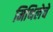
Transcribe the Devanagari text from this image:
मिथिलेचे